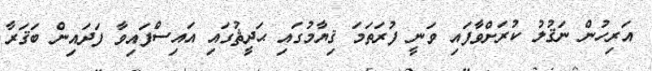
އަރިހުން ނަޤުލު ކުރަށްވާފައި ވަނީ ފުރަތަމަ ޤިޔާމުގައި ޙަދީޘުގައި އައިސްފައިވާ ފަދައިން ބަޤަރާ